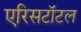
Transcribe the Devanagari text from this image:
एरिसटॉटल